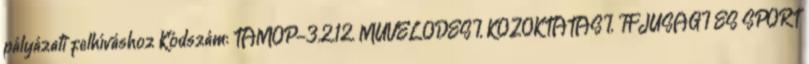
pályázati felhíváshoz Kódszám: TÁMOP-3.2.12. MŰVELŐDÉSI, KÖZOKTATÁSI, IFJÚSÁGI ÉS SPORT